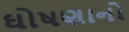
ઘોષણાનો